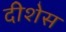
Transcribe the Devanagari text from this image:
दीशेस